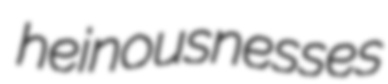
heinousnesses